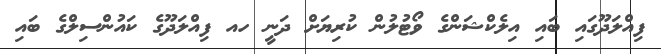
ފިއްލަދޫގައި ބައި އިލެކްޝަންގެ ވޯޓުލުން ކުރިޔަށް ދަނީ ހއ ފިއްލަދޫގެ ކައުންސިލްގެ ބައި